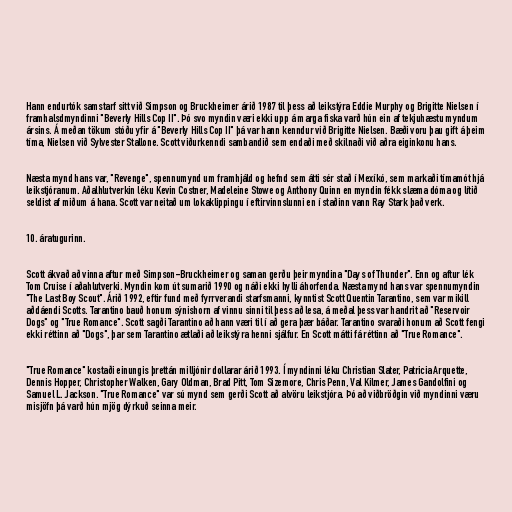
Hann endurtók samstarf sitt við Simpson og Bruckheimer árið 1987 til þess að leikstýra Eddie Murphy og Brigitte Nielsen í
framhalsdmyndinni "Beverly Hills Cop II". Þó svo myndin væri ekki upp á marga fiska varð hún ein af tekjuhæstu myndum
ársins. Á meðan tökum stóðu yfir á "Beverly Hills Cop II" þá var hann kenndur við Brigitte Nielsen. Bæði voru þau gift á þeim
tíma, Nielsen við Sylvester Stallone. Scott viðurkenndi sambandið sem endaði með skilnaði við aðra eiginkonu hans.

Næsta mynd hans var, "Revenge", spennumynd um framhjáld og hefnd sem átti sér stað í Mexíkó, sem markaði tímamót hjá
leikstjóranum. Aðalhlutverkin léku Kevin Costner, Madeleine Stowe og Anthony Quinn en myndin fékk slæma dóma og lítið
seldist af miðum á hana. Scott var neitað um lokaklippingu í eftirvinnslunni en í staðinn vann Ray Stark það verk.

10. áratugurinn.

Scott ákvað að vinna aftur með Simpson-Bruckheimer og saman gerðu þeir myndina "Days of Thunder". Enn og aftur lék
Tom Cruise í aðahlutverki. Myndin kom út sumarið 1990 og náði ekki hylli áhorfenda. Næsta mynd hans var spennumyndin
"The Last Boy Scout". Árið 1992, eftir fund með fyrrverandi starfsmanni, kynntist Scott Quentin Tarantino, sem var mikill
aðdáendi Scotts. Tarantino bauð honum sýnishorn af vinnu sinni til þess að lesa, á meðal þess var handrit að "Reservoir
Dogs" og "True Romance". Scott sagði Tarantino að hann væri til í að gera þær báðar. Tarantino svaraði honum að Scott fengi
ekki réttinn að "Dogs", þar sem Tarantino ætlaði að leikstýra henni sjálfur. En Scott mátti fá réttinn að "True Romance".

"True Romance" kostaði einungis þrettán milljónir dollarar árið 1993. Í myndinni léku Christian Slater, Patricia Arquette,
Dennis Hopper, Christopher Walken, Gary Oldman, Brad Pitt, Tom Sizemore, Chris Penn, Val Kilmer, James Gandolfini og
Samuel L. Jackson. "True Romance" var sú mynd sem gerði Scott að alvöru leikstjóra. Þó að viðbröðgin við myndinni væru
misjöfn þá varð hún mjög dýrkuð seinna meir.